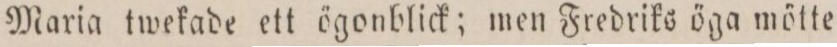
Maria twekade ett ögonblick; men Fredriks öga mötte